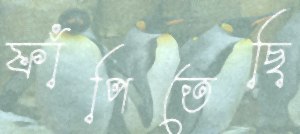
ফাঁপিতেছি